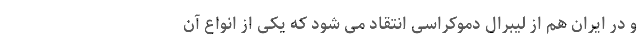
و در ایران هم از لیبرال دموکراسی انتقاد می شود که یکی از انواع آن